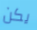
يكن